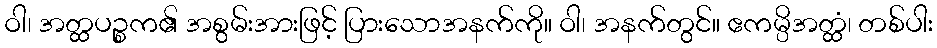
ဝါ၊ အတ္ထပဉ္စက၏ အစွမ်းအားဖြင့် ပြားသောအနက်ကို။ ဝါ၊ အနက်တွင်။ ဧကမ္ပိအတ္ထံ၊ တစ်ပါး